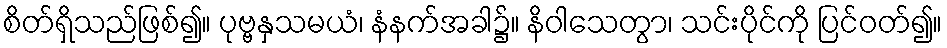
စိတ်ရှိသည်ဖြစ်၍။ ပုဗ္ဗနှသမယံ၊ နံနက်အခါ၌။ နိဝါသေတွာ၊ သင်းပိုင်ကို ပြင်ဝတ်၍။